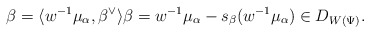
\begin{align*}\beta = \langle w^{-1}\mu_\alpha, \beta^\vee\rangle \beta = w^{-1}\mu_\alpha - s_\beta (w^{-1}\mu_\alpha)\in D_{W(\Psi)}. \end{align*}